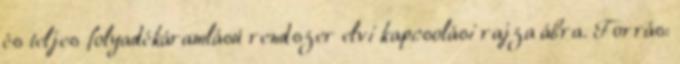
és teljes folyadékáramlású rendszer elvi kapcsolási rajza ábra. Forrás: